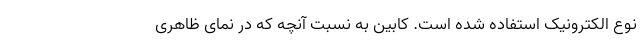
نوع الکترونیک استفاده شده است. کابین به نسبت آنچه که در نمای ظاهری